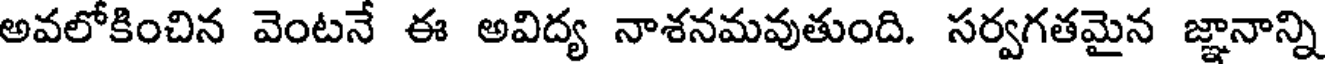
అవలోకించిన వెంటనే ఈ అవిద్య నాశనమవుతుంది. సర్వగతమైన జ్ఞానాన్ని